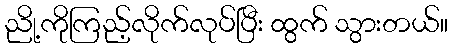
ညို့ကိုကြည့်လိုက်လုပ်ပြီး ထွက် သွားတယ်။